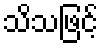
သိသဖြင့်